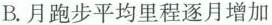
B.月跑步平均里程逐月增加